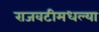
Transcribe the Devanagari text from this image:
राजवटीमधल्या